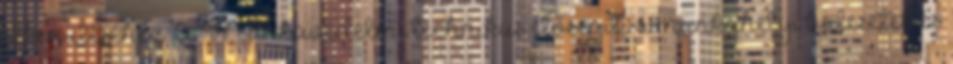
elkerüléséhez. A Munkavédelmi technikus elősegíti a munkahelyi balesetek és